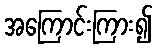
အကြောင်းကြား၍